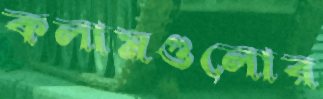
কলামগুলোর